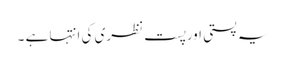
یہ پستی اورپست نظری کی انتہا ہے ۔